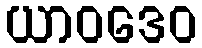
ယာဝဒေဝ